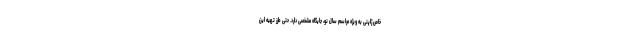
خاص ژاپنی به ویژه مراسم سال نو، جایگاه مشخصی دارد. حتی طرز تهیه این